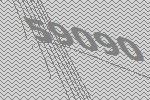
59090